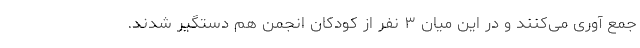
جمع آوری می‌کنند و در این میان ۳ نفر از کودکان انجمن هم دستگیر شدند.